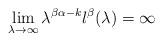
LaTeX: \begin{align*}\lim_{\lambda \to \infty}\lambda^{\beta\alpha-k}l^\beta(\lambda)=\infty\end{align*}